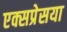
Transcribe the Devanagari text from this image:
एक्सप्रेसया